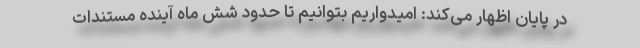
در پایان اظهار می‌کند: امیدواریم بتوانیم تا حدود شش ماه آینده مستندات